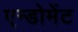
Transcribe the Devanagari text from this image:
एन्डोमेंट